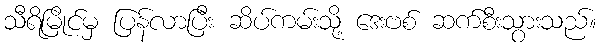
သီရိမြိုင်မှ ပြန်လာပြီး ဆိပ်ကမ်းသို့ ဒေးဗစ် ဆက်စီးသွားသည်။